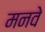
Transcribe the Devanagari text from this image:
मनवे